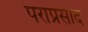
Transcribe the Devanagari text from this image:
पराप्रसाद